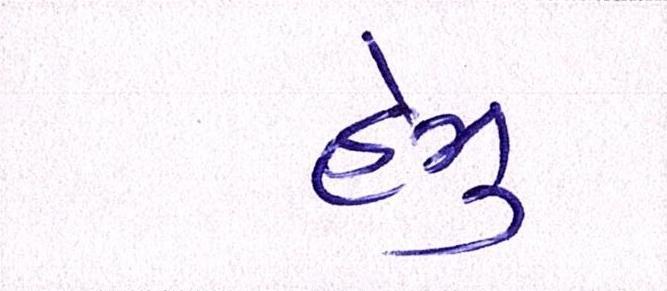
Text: હેમુ